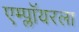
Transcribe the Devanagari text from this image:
एम्प्लॉयरला